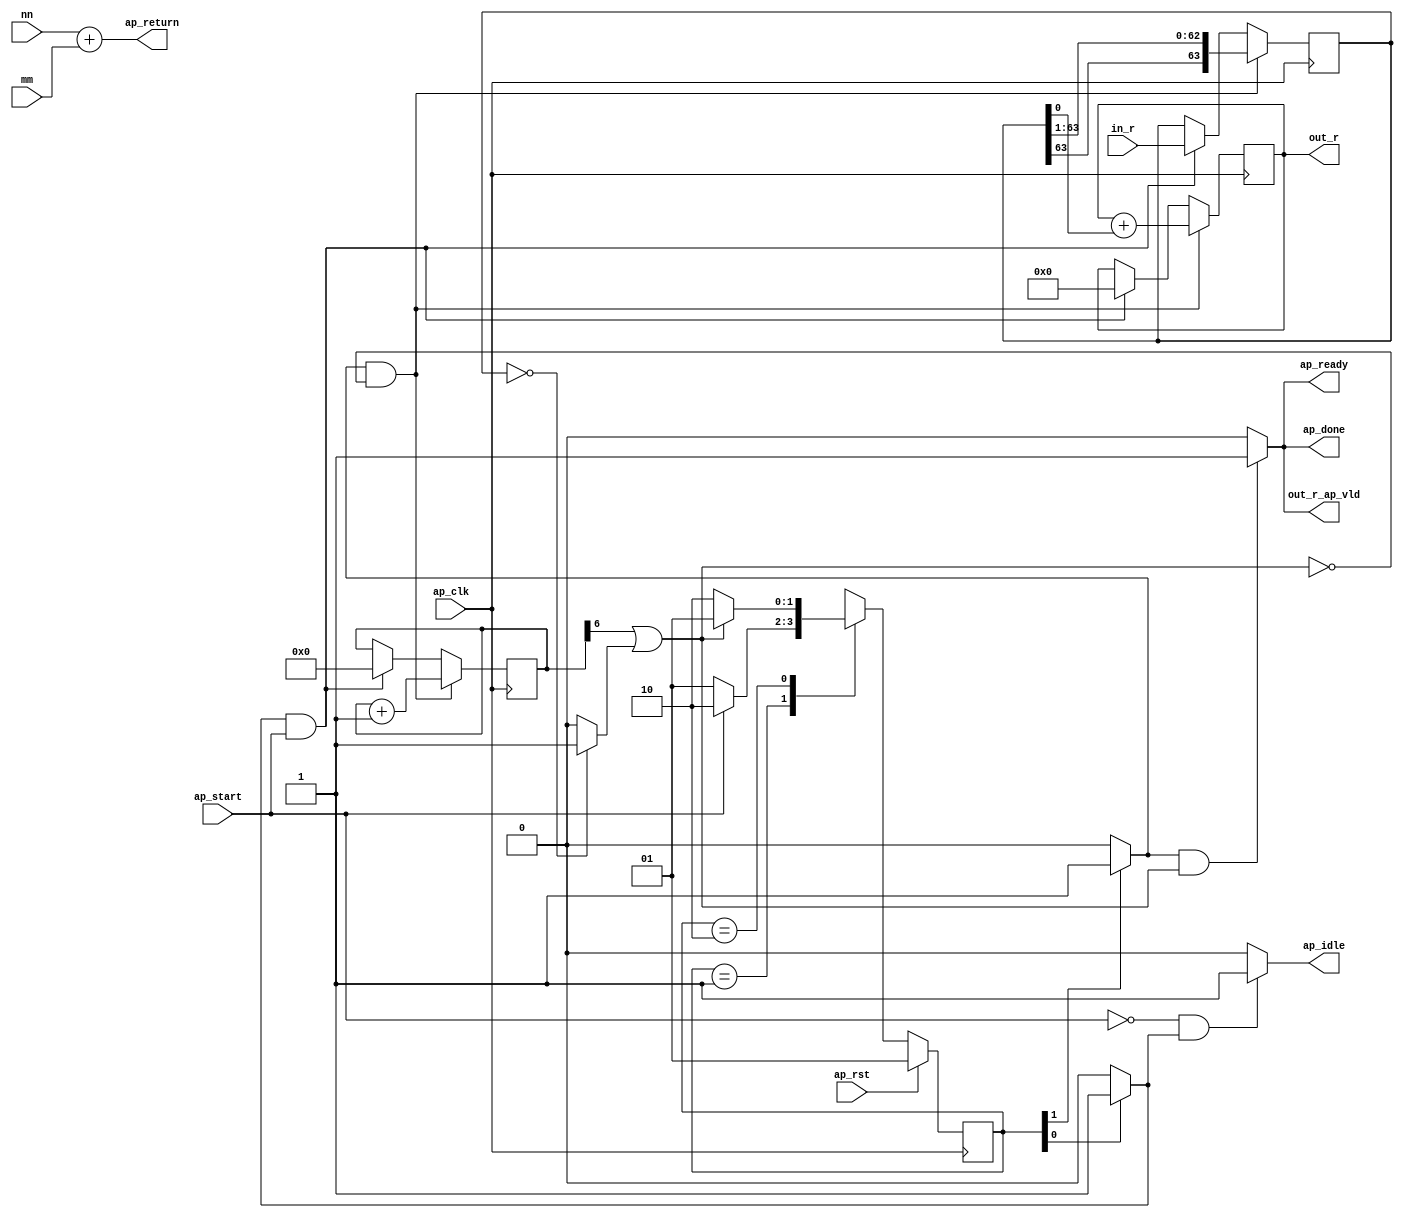
module bit_shifter (
        ap_clk,
        ap_rst,
        ap_start,
        ap_done,
        ap_idle,
        ap_ready,
        in_r,
        mm,
        out_r,
        out_r_ap_vld,
        nn,
        ap_return
);

parameter    ap_const_logic_1 = 1'b1;
parameter    ap_const_logic_0 = 1'b0;
parameter    ap_ST_st1_fsm_0 = 2'b1;
parameter    ap_ST_st2_fsm_1 = 2'b10;
parameter    ap_const_lv32_0 = 32'b00000000000000000000000000000000;
parameter    ap_const_lv1_1 = 1'b1;
parameter    ap_const_lv32_1 = 32'b1;
parameter    ap_const_lv1_0 = 1'b0;
parameter    ap_const_lv7_0 = 7'b0000000;
parameter    ap_const_lv32_6 = 32'b110;
parameter    ap_const_lv64_0 = 64'b0000000000000000000000000000000000000000000000000000000000000000;
parameter    ap_const_lv7_1 = 7'b1;
parameter    ap_const_lv32_3F = 32'b111111;
parameter    ap_true = 1'b1;

input   ap_clk;
input   ap_rst;
input   ap_start;
output   ap_done;
output   ap_idle;
output   ap_ready;
input  [63:0] in_r;
input  [31:0] mm;
output  [31:0] out_r;
output   out_r_ap_vld;
input  [31:0] nn;
output  [31:0] ap_return;

reg ap_done;
reg ap_idle;
reg ap_ready;
reg out_r_ap_vld;
(* fsm_encoding = "none" *) reg   [1:0] ap_CS_fsm = 2'b1;
reg    ap_sig_cseq_ST_st1_fsm_0;
reg    ap_sig_bdd_18;
wire   [6:0] i_1_fu_119_p2;
reg    ap_sig_cseq_ST_st2_fsm_1;
reg    ap_sig_bdd_47;
wire   [31:0] n_1_fu_133_p2;
wire   [0:0] demorgan_fu_113_p2;
wire  signed [63:0] x_1_fu_149_p1;
reg   [63:0] x1_reg_67;
reg   [6:0] i_reg_76;
reg   [31:0] n_reg_87;
wire   [0:0] tmp_fu_99_p3;
wire   [0:0] not_s_fu_107_p2;
wire   [0:0] tmp_1_fu_125_p1;
wire   [31:0] tmp_3_cast_fu_129_p1;
wire   [62:0] tmp_6_fu_139_p4;
reg   [1:0] ap_NS_fsm;




always @ (posedge ap_clk) begin : ap_ret_ap_CS_fsm
    if (ap_rst == 1'b1) begin
        ap_CS_fsm <= ap_ST_st1_fsm_0;
    end else begin
        ap_CS_fsm <= ap_NS_fsm;
    end
end

always @ (posedge ap_clk) begin
    if (((ap_const_logic_1 == ap_sig_cseq_ST_st2_fsm_1) & (demorgan_fu_113_p2 == ap_const_lv1_0))) begin
        i_reg_76 <= i_1_fu_119_p2;
    end else if (((ap_const_logic_1 == ap_sig_cseq_ST_st1_fsm_0) & ~(ap_start == ap_const_logic_0))) begin
        i_reg_76 <= ap_const_lv7_0;
    end
end

always @ (posedge ap_clk) begin
    if (((ap_const_logic_1 == ap_sig_cseq_ST_st2_fsm_1) & (demorgan_fu_113_p2 == ap_const_lv1_0))) begin
        n_reg_87 <= n_1_fu_133_p2;
    end else if (((ap_const_logic_1 == ap_sig_cseq_ST_st1_fsm_0) & ~(ap_start == ap_const_logic_0))) begin
        n_reg_87 <= ap_const_lv32_0;
    end
end

always @ (posedge ap_clk) begin
    if (((ap_const_logic_1 == ap_sig_cseq_ST_st2_fsm_1) & (demorgan_fu_113_p2 == ap_const_lv1_0))) begin
        x1_reg_67 <= x_1_fu_149_p1;
    end else if (((ap_const_logic_1 == ap_sig_cseq_ST_st1_fsm_0) & ~(ap_start == ap_const_logic_0))) begin
        x1_reg_67 <= in_r;
    end
end

always @ (ap_sig_cseq_ST_st2_fsm_1 or demorgan_fu_113_p2) begin
    if (((ap_const_logic_1 == ap_sig_cseq_ST_st2_fsm_1) & ~(demorgan_fu_113_p2 == ap_const_lv1_0))) begin
        ap_done = ap_const_logic_1;
    end else begin
        ap_done = ap_const_logic_0;
    end
end

always @ (ap_start or ap_sig_cseq_ST_st1_fsm_0) begin
    if ((~(ap_const_logic_1 == ap_start) & (ap_const_logic_1 == ap_sig_cseq_ST_st1_fsm_0))) begin
        ap_idle = ap_const_logic_1;
    end else begin
        ap_idle = ap_const_logic_0;
    end
end

always @ (ap_sig_cseq_ST_st2_fsm_1 or demorgan_fu_113_p2) begin
    if (((ap_const_logic_1 == ap_sig_cseq_ST_st2_fsm_1) & ~(demorgan_fu_113_p2 == ap_const_lv1_0))) begin
        ap_ready = ap_const_logic_1;
    end else begin
        ap_ready = ap_const_logic_0;
    end
end

always @ (ap_sig_bdd_18) begin
    if (ap_sig_bdd_18) begin
        ap_sig_cseq_ST_st1_fsm_0 = ap_const_logic_1;
    end else begin
        ap_sig_cseq_ST_st1_fsm_0 = ap_const_logic_0;
    end
end

always @ (ap_sig_bdd_47) begin
    if (ap_sig_bdd_47) begin
        ap_sig_cseq_ST_st2_fsm_1 = ap_const_logic_1;
    end else begin
        ap_sig_cseq_ST_st2_fsm_1 = ap_const_logic_0;
    end
end

always @ (ap_sig_cseq_ST_st2_fsm_1 or demorgan_fu_113_p2) begin
    if (((ap_const_logic_1 == ap_sig_cseq_ST_st2_fsm_1) & ~(demorgan_fu_113_p2 == ap_const_lv1_0))) begin
        out_r_ap_vld = ap_const_logic_1;
    end else begin
        out_r_ap_vld = ap_const_logic_0;
    end
end
always @ (ap_start or ap_CS_fsm or demorgan_fu_113_p2) begin
    case (ap_CS_fsm)
        ap_ST_st1_fsm_0 : 
        begin
            if (~(ap_start == ap_const_logic_0)) begin
                ap_NS_fsm = ap_ST_st2_fsm_1;
            end else begin
                ap_NS_fsm = ap_ST_st1_fsm_0;
            end
        end
        ap_ST_st2_fsm_1 : 
        begin
            if (~(demorgan_fu_113_p2 == ap_const_lv1_0)) begin
                ap_NS_fsm = ap_ST_st1_fsm_0;
            end else begin
                ap_NS_fsm = ap_ST_st2_fsm_1;
            end
        end
        default : 
        begin
            ap_NS_fsm = 'bx;
        end
    endcase
end


assign ap_return = (nn + mm);


always @ (ap_CS_fsm) begin
    ap_sig_bdd_18 = (ap_CS_fsm[ap_const_lv32_0] == ap_const_lv1_1);
end


always @ (ap_CS_fsm) begin
    ap_sig_bdd_47 = (ap_const_lv1_1 == ap_CS_fsm[ap_const_lv32_1]);
end

assign demorgan_fu_113_p2 = (tmp_fu_99_p3 | not_s_fu_107_p2);

assign i_1_fu_119_p2 = (i_reg_76 + ap_const_lv7_1);

assign n_1_fu_133_p2 = (n_reg_87 + tmp_3_cast_fu_129_p1);

assign not_s_fu_107_p2 = (x1_reg_67 == ap_const_lv64_0? 1'b1: 1'b0);

assign out_r = n_reg_87;

assign tmp_1_fu_125_p1 = x1_reg_67[0:0];

assign tmp_3_cast_fu_129_p1 = tmp_1_fu_125_p1;

assign tmp_6_fu_139_p4 = {{x1_reg_67[ap_const_lv32_3F : ap_const_lv32_1]}};

assign tmp_fu_99_p3 = i_reg_76[ap_const_lv32_6];

assign x_1_fu_149_p1 = $signed(tmp_6_fu_139_p4);


endmodule